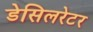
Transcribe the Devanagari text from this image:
डेसिलरेटर